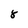
Character: 8